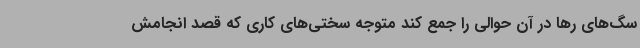
سگ‌های رها در آن حوالی را جمع کند متوجه سختی‌های کاری که قصد انجامش